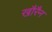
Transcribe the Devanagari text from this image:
खौरैन